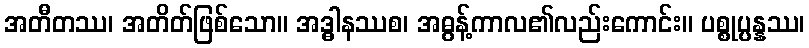
အတီတဿ၊ အတိတ်ဖြစ်သော။ အဒ္ဓါနဿစ၊ အဓွန့်ကာလ၏လည်းကောင်း။ ပစ္စုပ္ပန္နဿ၊